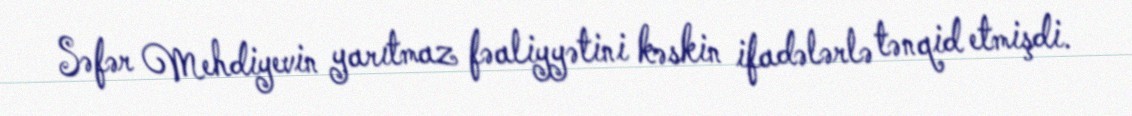
Səfər Mehdiyevin yarıtmaz fəaliyyətini kəskin ifadələrlə tənqid etmişdi.